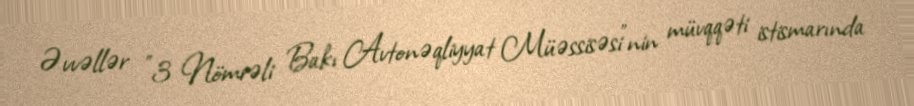
Əvvəllər "3 Nömrəli Bakı Avtonəqliyyat Müəssisəsi"nin müvqqəti istismarında